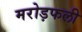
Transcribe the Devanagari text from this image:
मरोड़फली